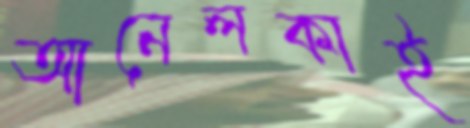
আনেলকাই